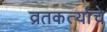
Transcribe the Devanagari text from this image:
व्रतकर्त्याचे